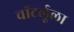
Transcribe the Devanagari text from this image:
वॉटर्लूला